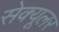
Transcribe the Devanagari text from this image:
सेक्यूलर